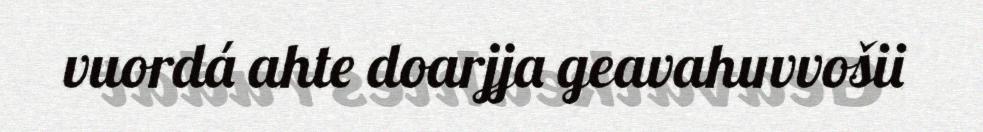
vuordá ahte doarjja geavahuvvošii